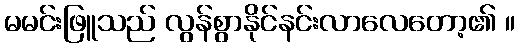
မမင်းဖြူသည် လွန်စွာနိုင်နင်းလာလေတော့၏ ။